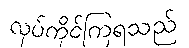
လုပ်ကိုင်ကြရသည်